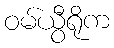
ဝမ်ယွီရိုက